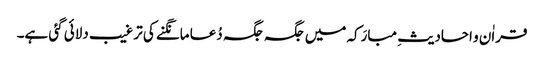
قراٰن و احادیثِ مبارَکہ میں جگہ جگہ دُعا مانگنے کی ترغیب دلائی گئی ہے۔